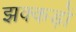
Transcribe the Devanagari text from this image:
झक्कड़ों